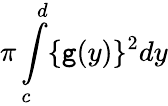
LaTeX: \pi\int\limits_{c}^{d}\{ \mathtt{g}(y)\} ^{2}dy